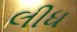
લીધ